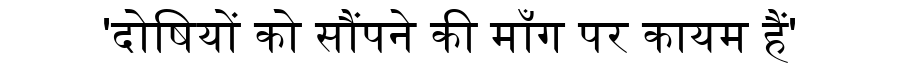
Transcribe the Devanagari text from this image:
'दोषियों को सौंपने की माँग पर कायम हैं'